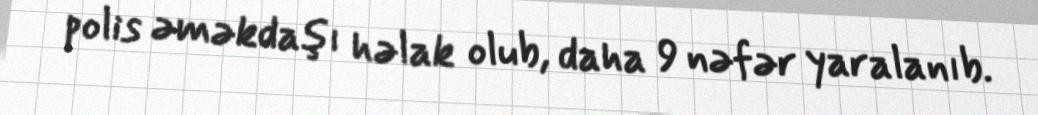
polis əməkdaşı həlak olub, daha 9 nəfər yaralanıb.